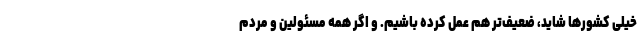
خیلی کشورها شاید، ضعیف‌تر هم عمل کرده باشیم. و اگر همه مسئولین و مردم